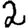
Digit: 2